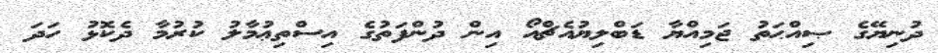
ދުނިޔޭގެ ޞިއްޙަތު ޖަމިއްޔާ ޑަބްލިޔުއެޗްއޯ އިން ދުންފަތުގެ އިސްތިޢުމާލު ކުރުމާ ދެކޮޅު ހަދަ